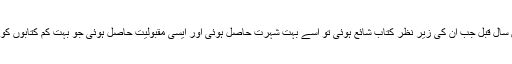
کوئی بیس سال قبل جب ان کی زیر نظر کتاب شائع ہوئی تو اسے بہت شہرت حاصل ہوئی اور ایسی مقبولیت حاصل ہوئی جو بہت کم کتابوں کو ملتی ہے۔